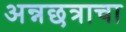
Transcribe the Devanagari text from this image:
अन्नछत्राचा